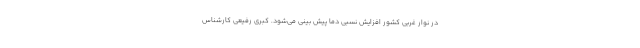
در نوار غربی کشور افزایش نسبی دما پیش بینی می‌شود. کبری رفیعی کارشناس